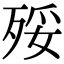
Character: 㱣